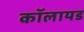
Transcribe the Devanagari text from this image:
कॉलायड